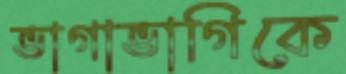
ভাগাভাগিকে